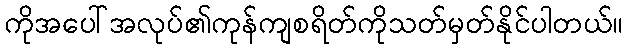
ကိုအပေါ်အလုပ်၏ကုန်ကျစရိတ်ကိုသတ်မှတ်နိုင်ပါတယ်။